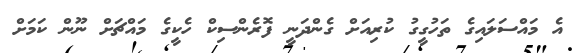
އެ މައްސަލައިގެ ތަހުގީގު ކުރިއަށް ގެންދަނީ ފޮރެންސިކް ހެކީގެ މައްޗަށް ނޫން ކަމަށް